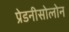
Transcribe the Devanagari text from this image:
प्रेडनीसोलोन